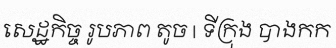
សេដ្ឋកិច្ច រូបភាព តូច | ទីក្រុង បាងកក